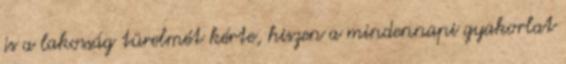
is a lakosság türelmét kérte, hiszen a mindennapi gyakorlat